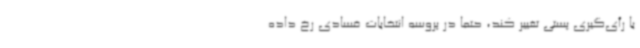
با رأی‌گیری پستی تغییر کند، حتما در پروسه انتخابات فسادی رخ‌ داده